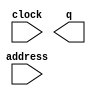
// megafunction wizard: %ROM: 1-PORT%VBB%
// GENERATION: STANDARD
// VERSION: WM1.0
// MODULE: altsyncram 

// ============================================================
// Megafunction Name(s):
// 			altsyncram
//
// Simulation Library Files(s):
// 			altera_mf
// ============================================================
// ************************************************************
// THIS IS A WIZARD-GENERATED FILE. DO NOT EDIT THIS FILE!
//
// 21.1.0 Build 842 10/21/2021 SJ Lite Edition
// ************************************************************

//Copyright (C) 2021  Intel Corporation. All rights reserved.
//Your use of Intel Corporation's design tools, logic functions 
//and other software and tools, and any partner logic 
//functions, and any output files from any of the foregoing 
//(including device programming or simulation files), and any 
//associated documentation or information are expressly subject 
//to the terms and conditions of the Intel Program License 
//Subscription Agreement, the Intel Quartus Prime License Agreement,
//the Intel FPGA IP License Agreement, or other applicable license
//agreement, including, without limitation, that your use is for
//the sole purpose of programming logic devices manufactured by
//Intel and sold by Intel or its authorized distributors.  Please
//refer to the applicable agreement for further details, at
//https://fpgasoftware.intel.com/eula.

module rom_0 (
	address,
	clock,
	q);

	input	[13:0]  address;
	input	  clock;
	output	[7:0]  q;
`ifndef ALTERA_RESERVED_QIS
// synopsys translate_off
`endif
	tri1	  clock;
`ifndef ALTERA_RESERVED_QIS
// synopsys translate_on
`endif

endmodule

// ============================================================
// CNX file retrieval info
// ============================================================
// Retrieval info: PRIVATE: ADDRESSSTALL_A NUMERIC "0"
// Retrieval info: PRIVATE: AclrAddr NUMERIC "0"
// Retrieval info: PRIVATE: AclrByte NUMERIC "0"
// Retrieval info: PRIVATE: AclrOutput NUMERIC "0"
// Retrieval info: PRIVATE: BYTE_ENABLE NUMERIC "0"
// Retrieval info: PRIVATE: BYTE_SIZE NUMERIC "8"
// Retrieval info: PRIVATE: BlankMemory NUMERIC "0"
// Retrieval info: PRIVATE: CLOCK_ENABLE_INPUT_A NUMERIC "0"
// Retrieval info: PRIVATE: CLOCK_ENABLE_OUTPUT_A NUMERIC "0"
// Retrieval info: PRIVATE: Clken NUMERIC "0"
// Retrieval info: PRIVATE: IMPLEMENT_IN_LES NUMERIC "0"
// Retrieval info: PRIVATE: INIT_FILE_LAYOUT STRING "PORT_A"
// Retrieval info: PRIVATE: INIT_TO_SIM_X NUMERIC "0"
// Retrieval info: PRIVATE: INTENDED_DEVICE_FAMILY STRING "MAX 10"
// Retrieval info: PRIVATE: JTAG_ENABLED NUMERIC "1"
// Retrieval info: PRIVATE: JTAG_ID STRING "ROM0"
// Retrieval info: PRIVATE: MAXIMUM_DEPTH NUMERIC "0"
// Retrieval info: PRIVATE: MIFfilename STRING "../sw/finch.hex"
// Retrieval info: PRIVATE: NUMWORDS_A NUMERIC "16384"
// Retrieval info: PRIVATE: RAM_BLOCK_TYPE NUMERIC "2"
// Retrieval info: PRIVATE: RegAddr NUMERIC "1"
// Retrieval info: PRIVATE: RegOutput NUMERIC "1"
// Retrieval info: PRIVATE: SYNTH_WRAPPER_GEN_POSTFIX STRING "0"
// Retrieval info: PRIVATE: SingleClock NUMERIC "1"
// Retrieval info: PRIVATE: UseDQRAM NUMERIC "0"
// Retrieval info: PRIVATE: WidthAddr NUMERIC "14"
// Retrieval info: PRIVATE: WidthData NUMERIC "8"
// Retrieval info: PRIVATE: rden NUMERIC "0"
// Retrieval info: LIBRARY: altera_mf altera_mf.altera_mf_components.all
// Retrieval info: CONSTANT: ADDRESS_ACLR_A STRING "NONE"
// Retrieval info: CONSTANT: CLOCK_ENABLE_INPUT_A STRING "BYPASS"
// Retrieval info: CONSTANT: CLOCK_ENABLE_OUTPUT_A STRING "BYPASS"
// Retrieval info: CONSTANT: INIT_FILE STRING "../sw/finch.hex"
// Retrieval info: CONSTANT: INTENDED_DEVICE_FAMILY STRING "MAX 10"
// Retrieval info: CONSTANT: LPM_HINT STRING "ENABLE_RUNTIME_MOD=YES,INSTANCE_NAME=ROM0"
// Retrieval info: CONSTANT: LPM_TYPE STRING "altsyncram"
// Retrieval info: CONSTANT: NUMWORDS_A NUMERIC "16384"
// Retrieval info: CONSTANT: OPERATION_MODE STRING "ROM"
// Retrieval info: CONSTANT: OUTDATA_ACLR_A STRING "NONE"
// Retrieval info: CONSTANT: OUTDATA_REG_A STRING "CLOCK0"
// Retrieval info: CONSTANT: RAM_BLOCK_TYPE STRING "M9K"
// Retrieval info: CONSTANT: WIDTHAD_A NUMERIC "14"
// Retrieval info: CONSTANT: WIDTH_A NUMERIC "8"
// Retrieval info: CONSTANT: WIDTH_BYTEENA_A NUMERIC "1"
// Retrieval info: USED_PORT: address 0 0 14 0 INPUT NODEFVAL "address[13..0]"
// Retrieval info: USED_PORT: clock 0 0 0 0 INPUT VCC "clock"
// Retrieval info: USED_PORT: q 0 0 8 0 OUTPUT NODEFVAL "q[7..0]"
// Retrieval info: CONNECT: @address_a 0 0 14 0 address 0 0 14 0
// Retrieval info: CONNECT: @clock0 0 0 0 0 clock 0 0 0 0
// Retrieval info: CONNECT: q 0 0 8 0 @q_a 0 0 8 0
// Retrieval info: GEN_FILE: TYPE_NORMAL rom_0.v TRUE
// Retrieval info: GEN_FILE: TYPE_NORMAL rom_0.inc FALSE
// Retrieval info: GEN_FILE: TYPE_NORMAL rom_0.cmp FALSE
// Retrieval info: GEN_FILE: TYPE_NORMAL rom_0.bsf FALSE
// Retrieval info: GEN_FILE: TYPE_NORMAL rom_0_inst.v FALSE
// Retrieval info: GEN_FILE: TYPE_NORMAL rom_0_bb.v TRUE
// Retrieval info: LIB_FILE: altera_mf